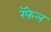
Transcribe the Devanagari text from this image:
रॅफेल